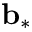
{ \bf { b } } _ { \ast }